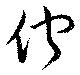
佇